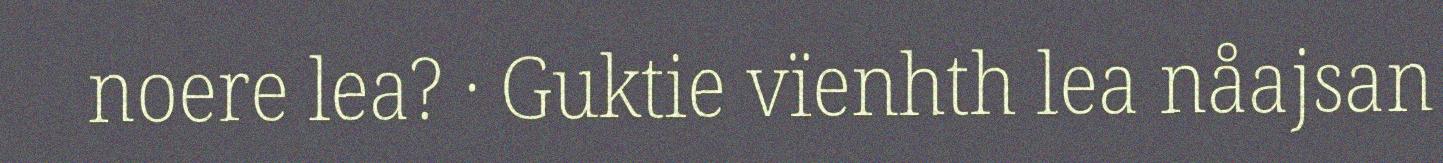
noere lea? · Guktie vïenhth lea nåajsan